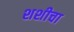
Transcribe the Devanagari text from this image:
शशीचा